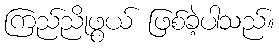
ကြည်ညိုဖွယ် ဖြစ်ခဲ့ပါသည်။